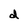
Character: d